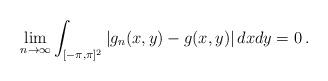
LaTeX: \begin{align*} \lim_{n\to\infty}\int_{[-\pi,\pi]^2}\left|g_n(x,y)-g(x,y)\right|dxdy=0\,.\end{align*}